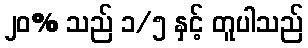
၂၀% သည် ၁/၅ နှင့် တူပါသည်